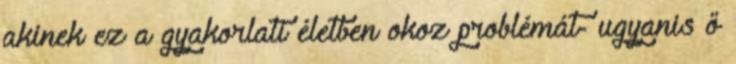
akinek ez a gyakorlati életben okoz problémát- ugyanis ő